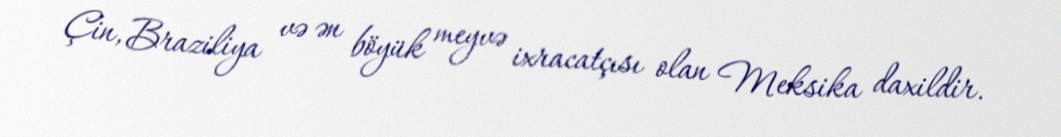
Çin, Braziliya və ən böyük meyvə ixracatçısı olan Meksika daxildir.